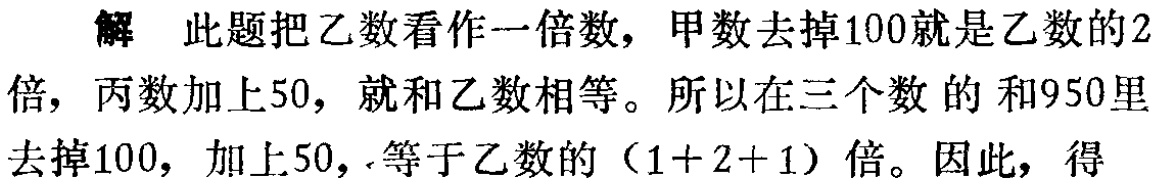
解 此题把乙数看作一倍数，甲数去掉100就是乙数的2倍，丙数加上50，就和乙数相等。所以在三个数的和950里去掉100，加上50，等于乙数的（1 + 2 + 1）倍。因此，得